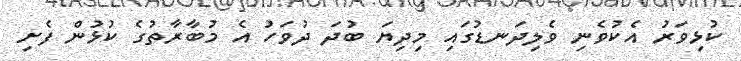
ކުޅިވަރު އެކުވެނި ވެލިދަނޑުގައި މިދިޔަ ބުދަ ދުވަހު އެ މުބާރާތުގެ ކުޅުން ފެށި